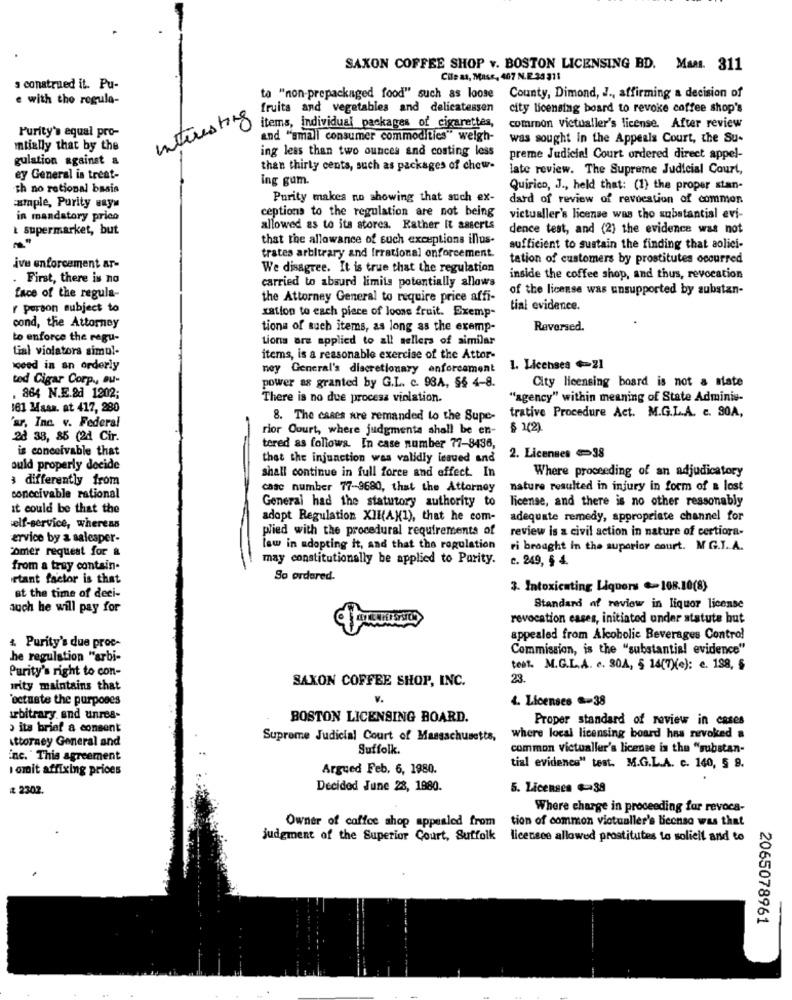
SAXON COFFEE SHOP v. BOSTON LICENSING BD. Man. 311
Cile as, Mass, 407 N.E.33 311
s construed it. Pu-
e with the regula-
ta "non-prepackaged food" such as loose County, Dimond, J ., affirming a decision of
fruits and vegetables and delicatessen
city licensing board to revoke coffee shop's
Interesting
Purity's equal pro-
items, individual packages of cigarettes,
common victualler's license. After review
and "small consumer commodities" welgh-
was sought in the Appeals Court, the Su-
tially that by the
ing less than two ounces and costing less
gulation against a
preme Judicial Court ordered direct appel-
than thirty cents, such as packages of chew-
late review. The Supreme Judicial Court,
ey General is treat-
ing gum.
th no rational basis
Quirico, J ., held that: (1) the proper stan-
Purity makes no showing that such ex-
dard of review of revocation of common
ample, Purity ways
ceptions to the regulation are not being
in mandatory prico
victualler's license was tho substantial evi-
& supermarket, but
allowed as to its stores. Rather it asserts
dence test, and (2) the evidence was not
that the allowance of such exceptions illus-
sufficient to sustain the finding that aolici-
trates arbitrary and Irrational onforcement.
tation of customers by prostitutes occurred
ive enforcement ar-
We disagree. It is true that the regulation
. First, there is no
inside the coffee shop, and thus, revocation
carried to absurd limits potentially allows
of the license was unsupported by substan-
face of the regula-
the Attorney General to require price affi-
person subject to
xation to each piece of loone fruit. Exemp-
tial evidence.
cond, the Attorney
tions of such items, as long as the exemp-
Reversed.
to enforce the regu-
tions are applied to all sellers of similar
tial violators simul-
items, is a reasonable exercise of the Attor-
speed in an orderly
ney General's discretionary enforcement
1. Licenses +21
ted Cigar Corp ., Bu-
power as granted by G.L. c. 93A, S& 4-8.
City licensing board is not a mate
. 864 N.E.&d 1202;
There is no due process violation.
"agency" within meaning of State Adminis-
161 Maan. at 417, 280
trative Procedure Act. M.G.L.A. c. S0A,
'ar, Inc. v. Federal
8. The cases are remanded to the Supe-
rior Court, where judgments shall be en- $ 2(2).
28 38, 85 (24 Cir.
is conceivable that
tered as follows. In case number 77-8436,
that the injunction was validly issued and
2. Licenses 38
ould properly decide
Where proceeding of an adjudicatory
differently from
shall continue in full force and effect. In
case number 77-9680, that the Attorney
nature resulted in injury in form of a lost
conceivable rational
license, and there is no other reasonably
it could be that the
General had the statutory authority to
adopt Regulation XIHAN(1), that he com-
adequate remedy, appropriate channel for
self-service, whereas
plied with the procedural requirements of
review is a civil action in nature of certiora-
ervice by a salesper-
comer request for &
low in adopting it, and that the regulation
ri brought in the superior court. MG.J. A.
may constitutionally be applied to Parity.
c. 249, § 4.
from a tray contain-
rtant factor is that
So ordered.
3. Intoxicating Liquors .108.10(8)
at the time of deci-
auch he will pay for
Standard of review in liquor license
revocation cases, initiated under statute but
& Purity's due proc-
appealed from Alcoholic Beverages Control
Commission, is the "substantial evidence"
he regulation "arbi-
Purity's right to con-
test. M.G.L.A. c. 30A, 5 14(7)(): e. 188, 6
23.
urity maintains that
SAXON COFFEE SHOP, INC.
'octuste the purposes
4. Licenses == 38
arbitrary. and unres-
BOSTON LICENSING BOARD.
Proper standard of review in cases
› its brief a consent
Attorney General and
Supreme Judicial Court of Massachusetts,
where local licensing board has revoked a
Suffolk.
common victualler's license is the "substan-
inc. This agreement
I omit affixing prices
Argued Feb. 6, 1980.
tial evidence" test. M.G.L.A. c. 140, 5 9.
# 2302.
Decided June 28, 1880.
5. Licenses $=39
Where charge in proceeding for revoca-
Owner of coffee shop appealed from
tion of common victualler's Beenso was that
judgment of the Superior Court, Suffolk
licensee allowed prostitutes to solielt and to
2065078961